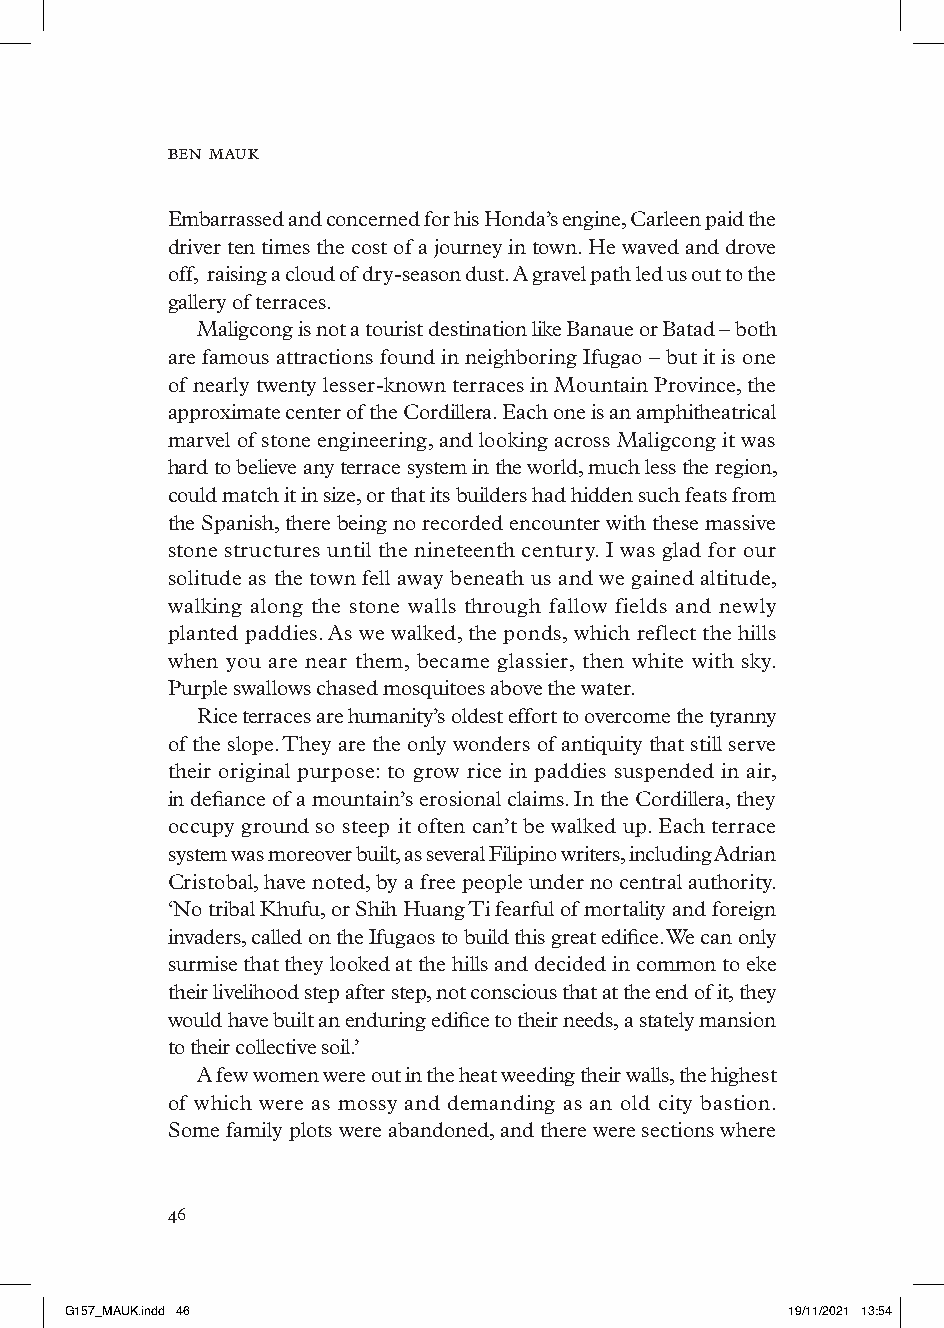
ben mauk
 Embarrassed and concerned for his Honda’s engine, Carleen paid the
 driver ten times the cost of a journey in town. He waved and drove
 off, raising a cloud of dry-season dust. A gravel path led us out to the
 gallery of terraces.
 Maligcong is not a tourist destination like Banaue or Batad – both
 are famous attractions found in neighboring Ifugao – but it is one
 of nearly twenty lesser-known terraces in Mountain Province, the
 approximate center of the Cordillera. Each one is an amphitheatrical
 marvel of stone engineering, and looking across Maligcong it was
 hard to believe any terrace system in the world, much less the region,
 could match it in size, or that its builders had hidden such feats from
 the Spanish, there being no recorded encounter with these massive
 stone structures until the nineteenth century. I was glad for our
 solitude as the town fell away beneath us and we gained altitude,
 walking along the stone walls through fallow fields and newly
 planted paddies. As we walked, the ponds, which reflect the hills
 when you are near them, became glassier, then white with sky.
 Purple swallows chased mosquitoes above the water.
 Rice terraces are humanity’s oldest effort to overcome the tyranny
 of the slope. They are the only wonders of antiquity that still serve
 their original purpose: to grow rice in paddies suspended in air,
 in defiance of a mountain’s erosional claims. In the Cordillera, they
 occupy ground so steep it often can’t be walked up. Each terrace
 system was moreover built, as several Filipino writers, including Adrian
 Cristobal, have noted, by a free people under no central authority.
 ‘No tribal Khufu, or Shih Huang Ti fearful of mortality and foreign
 invaders, called on the Ifugaos to build this great edifice. We can only
 surmise that they looked at the hills and decided in common to eke
 their livelihood step after step, not conscious that at the end of it, they
 would have built an enduring edifice to their needs, a stately mansion
 to their collective soil.’
 A few women were out in the heat weeding their walls, the highest
 of which were as mossy and demanding as an old city bastion.
 Some family plots were abandoned, and there were sections where
 
 GG115577__MMAAUUKK..iinndddd 4466               1199//1111//22002211 1133::5544